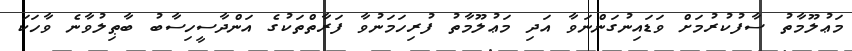
މަޢުލޫމާތު ސާފުކުރުމަށް ވަޑައިނުގަންނަވާ އަދި މަޢުލޫމާތު ފުރިހަމަނުވާ ފަރާތްތަކުގެ އަންދާސީހިސާބު ބާޠިލުވާނެ ވާހަކަ